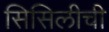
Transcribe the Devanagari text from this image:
सिसिलीची